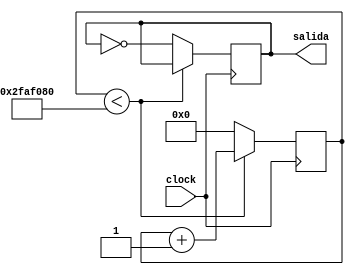
`timescale 1ns / 1ps
//////////////////////////////////////////////////////////////////////////////////
// Company: 
// Engineer: 
// 
// Design Name: 
// Module Name:    divisorFrecuenciaSeg 
// Project Name: 
// Target Devices: 
// Tool versions: 
// Description: 
//
// Dependencies: 
//
// Revision: 
// Revision 0.01 - File Created
// Additional Comments: 
//
//////////////////////////////////////////////////////////////////////////////////
module divisorFrecuenciaSeg(clock,salida);
input clock;
output salida;

reg freq=0;
reg[25:0]count=0;

 always @ (posedge clock)
 begin
		if(count<50000000)
		  begin
		  count <= count+1;
		  end
		 else 
		  begin
		  count <= 0;
		  freq <= ~freq;
		 // freq <= freq +1;
		  end
  end
     
  assign salida = freq; 


endmodule